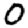
Digit: 0